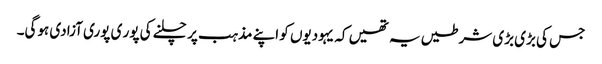
جس کی بڑی بڑی شرطیں یہ تھیں کہ یہودیوں کو اپنے مذہب پر چلنے کی پور ی پوری آزادی ہوگی۔